Vaccination in Burma 1920-1933 - 1920-1933
Year: 1920
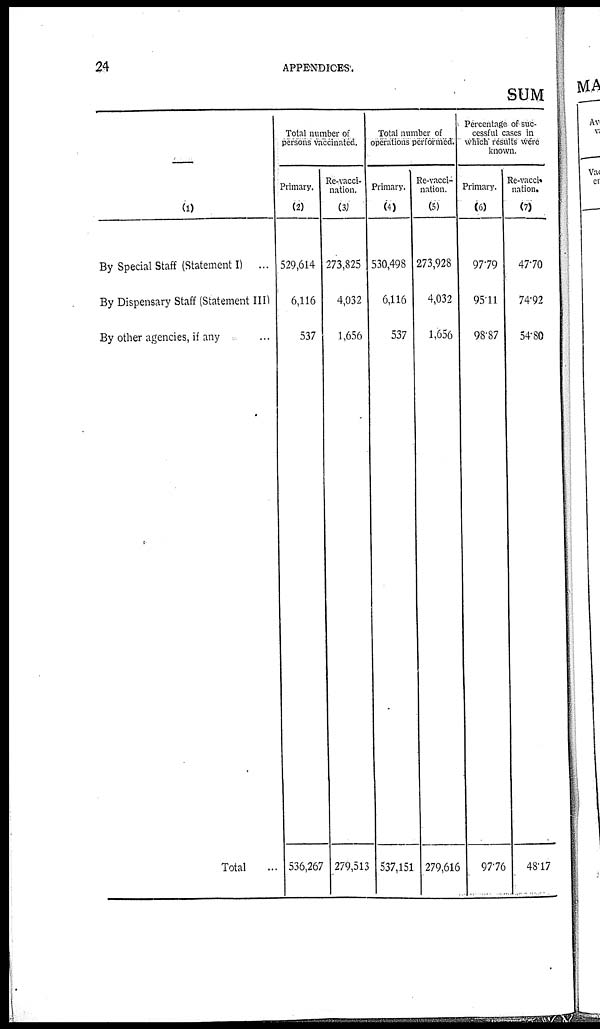
24
APPENDICES.
SUM
—
(1)
By Special Staff (Statement I)
...
By Dispensary Staff (Statement III)
By other agencies, if any ...
Total ...
Total number of
persons vaccinated.
Primary.
(2)
529,614
6,116
537
536,267
Re-vacci-
nation.
(3)
273,825
4,032
1,656
279,513
Total number of
operations performed.
Primary.
(4)
530,498
6,116
537
537,151
Re-vacci-
nation.
(5)
273,928
4,032
1,656
279,616
Percentage of suc-
cessful cases in
which results were
known.
Primary.
(6)
97.79
95.11
98.87
97.76
Re-vacci-
nation.
(7)
47.70
74.92
54.80
48.17